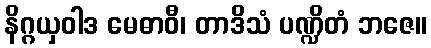
နိဂ္ဂယှဝါဒ မေဓာဝီ၊ တာဒိသံ ပဏ္ဍိတံ ဘဇေ။